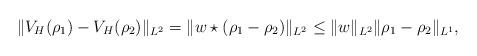
LaTeX: \begin{align*}\|V_H(\rho_1)-V_H(\rho_2) \|_{L^2}&=\|w\star(\rho_1-\rho_2)\|_{L^2}\leq \|w\|_{L^2} \|\rho_1-\rho_2\|_{L^1},\end{align*}